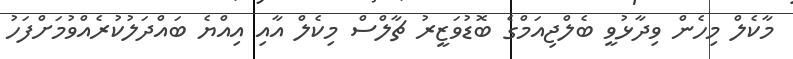
މާކެލް މިހެން ވިދާޅުވީ ބެލްޖިއަމްގެ ބޮޑުވަޒީރު ޗާލްސް މިކެލް އާއި އިއްޔެ ބައްދަލުކުރެއްވުމަށްފަހު